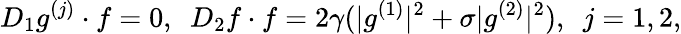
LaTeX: D_{1}g^{(j)}\cdot f=0,~~D_{2}f\cdot f=2\gamma(\lvert g^{(1)}\rvert^{2}+\sigma\lvert g^{(2)}\rvert^{2}),~~j=1,2,